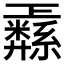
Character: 𱺋